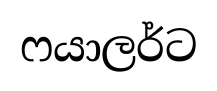
ෆයාලර්ට